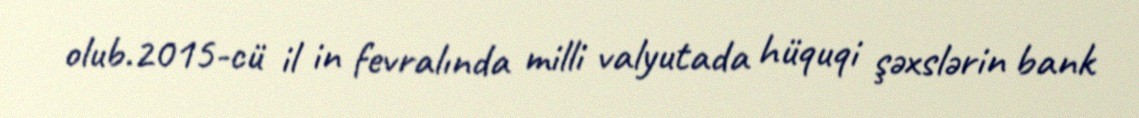
olub.2015-cü il in fevralında milli valyutada hüquqi şəxslərin bank